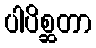
ပါပိစ္ဆတာ